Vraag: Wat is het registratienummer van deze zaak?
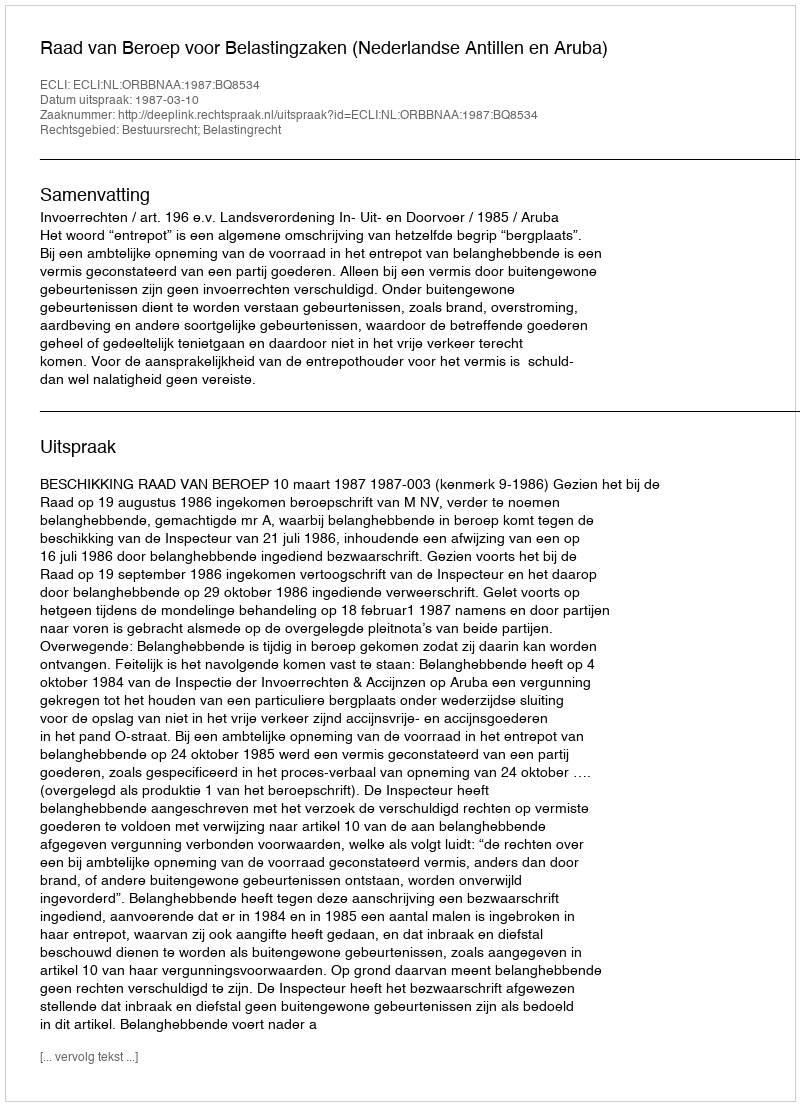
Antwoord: http://deeplink.rechtspraak.nl/uitspraak?id=ECLI:NL:ORBBNAA:1987:BQ8534